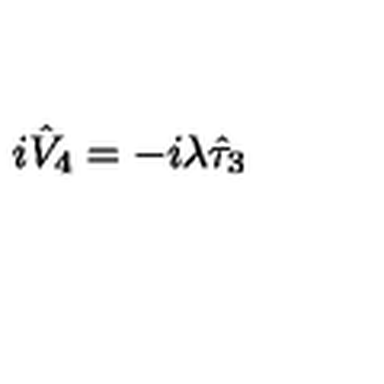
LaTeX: i \hat { V } _ { 4 } = - i \lambda \hat { \tau } _ { 3 }